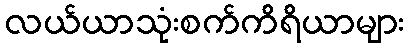
လယ်ယာသုံးစက်ကိရိယာများ